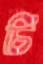
চি